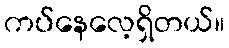
ကပ်နေလေ့ရှိတယ်။